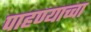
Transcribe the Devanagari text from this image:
पाहण्याच्चा